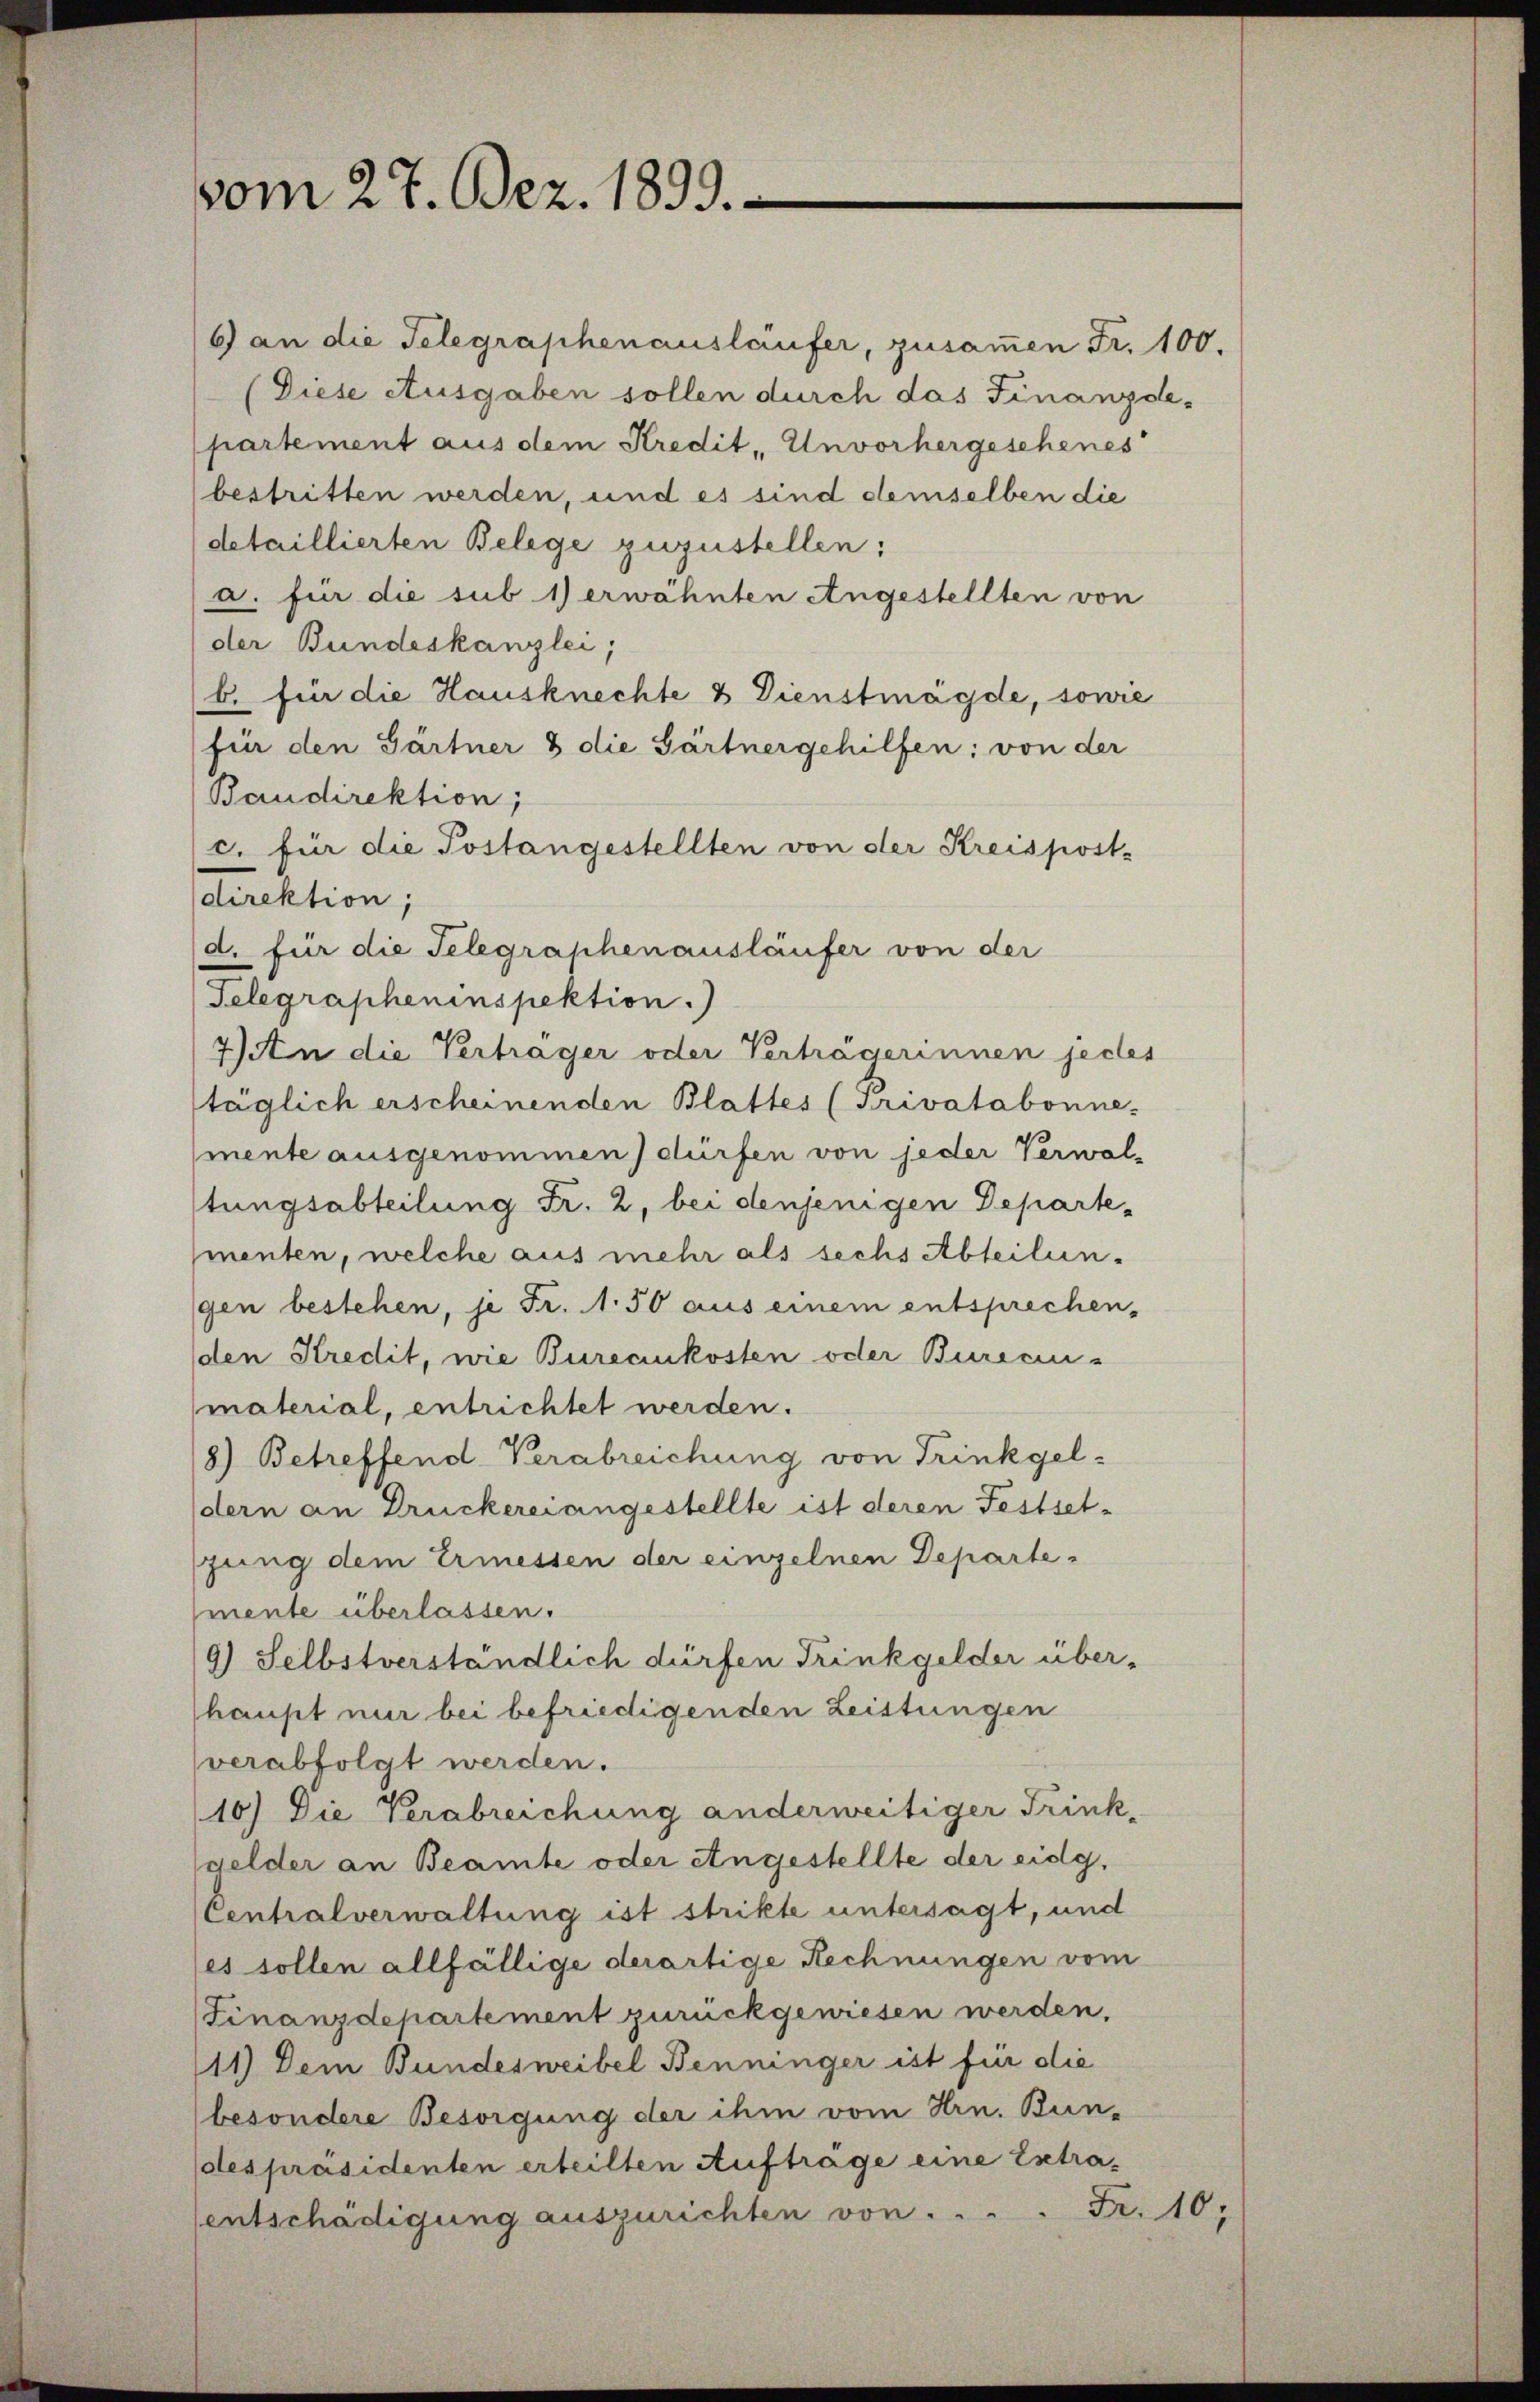
vom 27. Dez. 1899.

6) an die Telegraphenausläufer, zusammen Fr. 100.
(Diese Ausgaben sollen durch das Finanzde-
partement aus dem Kredit Unvorhergeschenes
bestritten werden, und es sind demselben die
detaillierten Belege zuzustellen:
a. für die sub 1) erwähnten Angestellten von
der Bundeskanzlei,
b. für die Hausknechte & Dienstmägde, sowie
für den Gärtner 8 die Gärtnergehilfen; von der
Baudirektion,
c. für die Postangestellten von der Kreispost-
direktion;
(d. für die Telegraphenausläufer von der
Telegrapheninspektion.
7) An die Vertrager oder Vertragerinnen jedes
täglich erscheinenden Blattes (Privatabonne-
mente ausgenommen) dürfen von jeder Verwal-
tungsabteilung Fr. 2, bei denjenigen Departementen, welche aus mehr als sechs Abteilungen bestehen, je Fr. 1.50 aus einem entsprechen-
den Kredit, wie Bureaukosten oder Burecin-
material, entrichtet werden.
8) Betreffend-Verabreichung von Trinkgeldern an Druckereiangestellte ist deren Festsetgung dem Ermessen der einzelnen Departemente überlassen.
9) Selbstverständlich dürfen Trinkgelder über-
haupt nur bei befriedigenden Leistungen
verabfolgt werden.
10) Die Verabreichung anderweitiger Trink-
gelder an Beamte oder Angestellte der eidg.
Centralverwaltung ist strikte untersagt, und
es sollen allfällige derartige Rechnungen vom
Finanzdepartement zurückgewiesen werden,
111) Dem Bundesweibel Benninger ist für die
besondere Besorgung der ihm vom Hrn. Bun-
despräsidenten erteilten Auftrage eine Extra¬
 Fr. 10,
entschädigung auszurichten von